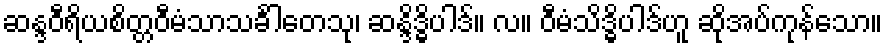
ဆန္ဒဝီရိယစိတ္တဝီမံသာသင်္ခါတေသု၊ ဆန္ဒိဒ္ဓိပါဒ်။ လ။ ဝီမံသိဒ္ဓိပါဒ်ဟူ ဆိုအပ်ကုန်သော။